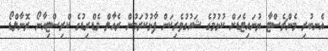
އެނބުރި މެންޗެސްޓާ ޔުނައިޓެޑަށް ކުޅުމުގެ ޝައުގުވެރިކަން ފާޅުކުރަމުން ރެއާލް މެޑްރިޑުގެ ކްރިސްޓިއާނޯ ރޮނާލްޑޯ